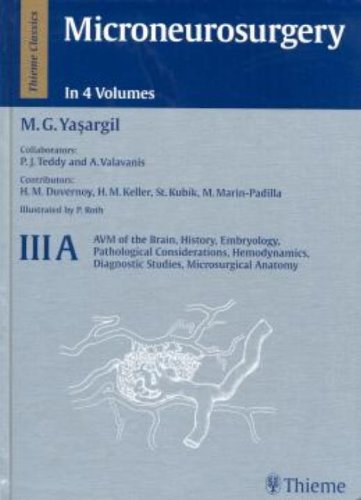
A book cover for Microneurosurgery, Volume IIIA: AVM of the Brain, History, Embryology, Pathological Considerations, Hemodynamics, Diagnostic Studies, Microsurgical Anatomy (Microneurosurgery, No 3a); Mahmut Gazi Yasargil; Health, Fitness & Dieting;